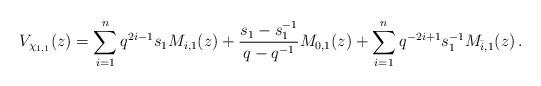
LaTeX: \begin{align*}V_{\chi_{1,1}}(z)=\sum_{i=1}^n q^{2i-1}s_1 M_{i,1}(z)+\frac{s_1-s_1^{-1}}{q-q^{-1}} M_{0,1}(z)+\sum_{i=1}^n q^{-2i+1}s_1^{-1} M_{\bar i,1}(z)\,.\end{align*}